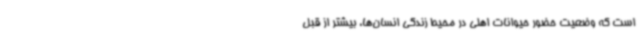
است که وضعیت حضور حیوانات اهلی در محیط زندگی انسان‌ها، بیشتر از قبل